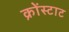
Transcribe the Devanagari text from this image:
क्रोंस्टाट